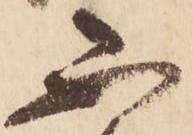
不